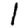
Digit: 1